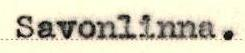
Savonlinna.